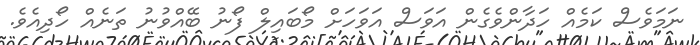
ނަމަވެސް ކަމެއް ހަދާންވެގެން އަވަސް އަވަހަށް މޯބައިލް ފޯނު ބޭއްވުނު ތަނެއް ހޯދިއެވެ.